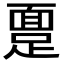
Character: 𫏔